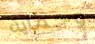
وحماية